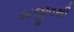
અજીવથી